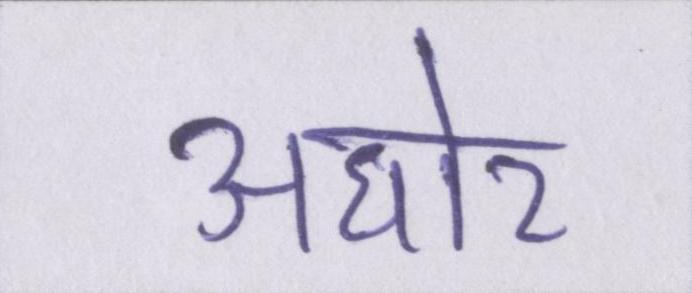
अघोर